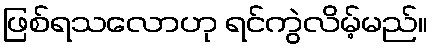
ဖြစ်ရသလောဟု ရင်ကွဲလိမ့်မည်။